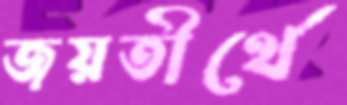
জয়তীর্থে